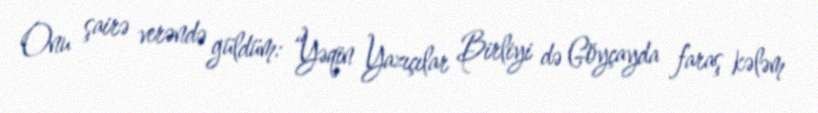
Onu şairə verəndə güldüm: “Yəqin Yazıçılar Birliyi də Göyçayda faraş kələm